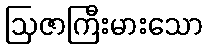
ဩဇာကြီးမားသော